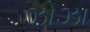
ઝોઝા